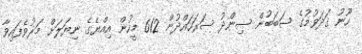
ހޫނު ގަދަވުމުގެ ސަބަބުން ސިންދު ސަރަހައްދުން 612 މީހުން އިއްޔެގެ ނިޔަލަށް މަރުވެފައިވާ